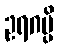
ဥရဂမ္ပိ